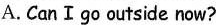
A. CanⅠgo outside now?